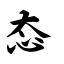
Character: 态